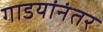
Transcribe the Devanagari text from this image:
गाडयांनंतर